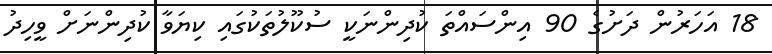
18 އަހަރުން ދަށުގެ 90 އިންސައްތަ ކުދިންނަކީ ސުކޫލުތަކުގައި ކިޔަވާ ކުދިންނަށް ވީހިދު